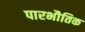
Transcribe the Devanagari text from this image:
पारभौतिक